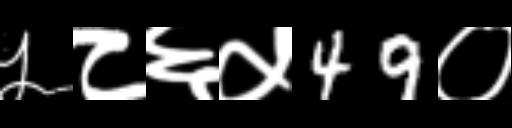
Text: ५८६५49०